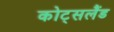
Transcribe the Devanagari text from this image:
कोट्सलैंड